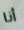
أنا